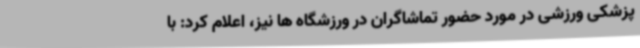
پزشکی ورزشی در مورد حضور تماشاگران در ورزشگاه ها نیز، اعلام کرد: با